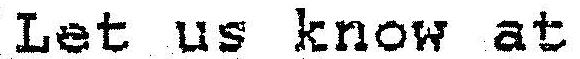
LET US KNOW AT